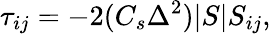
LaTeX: \tau_{ij}=-2(C_{s}\Delta^{2})|S|S_{ij},